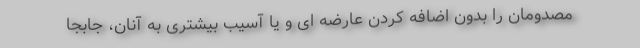
مصدومان را بدون اضافه کردن عارضه ای و یا آسیب بیشتری به آنان، جابجا